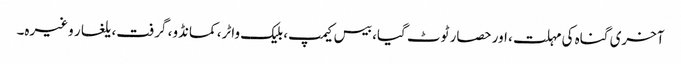
آخری گناہ کی مہلت، اور حصار ٹوٹ گیا، بیس کیمپ، بلیک واٹر، کمانڈو، گرفت، یلغار وغیرہ۔